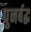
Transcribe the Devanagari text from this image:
पुनर्बद्ध